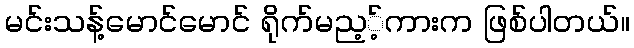
မင်းသန့်မောင်မောင် ရိုက်မည့့်ကားက ဖြစ်ပါတယ်။